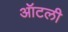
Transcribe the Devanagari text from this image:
ऑटली